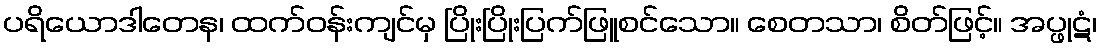
ပရိယောဒါတေန၊ ထက်ဝန်းကျင်မှ ပြိုးပြိုးပြက်ဖြူစင်သော။ စေတသာ၊ စိတ်ဖြင့်။ အပ္ဖုဋံ၊